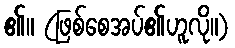
၏။ (ဖြစ်စေအပ်၏ဟူလို။)